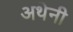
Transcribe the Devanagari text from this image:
अथेनी